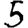
Digit: 5